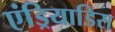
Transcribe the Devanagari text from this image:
एंड्रियाडिस